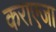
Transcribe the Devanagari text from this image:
कराएजा